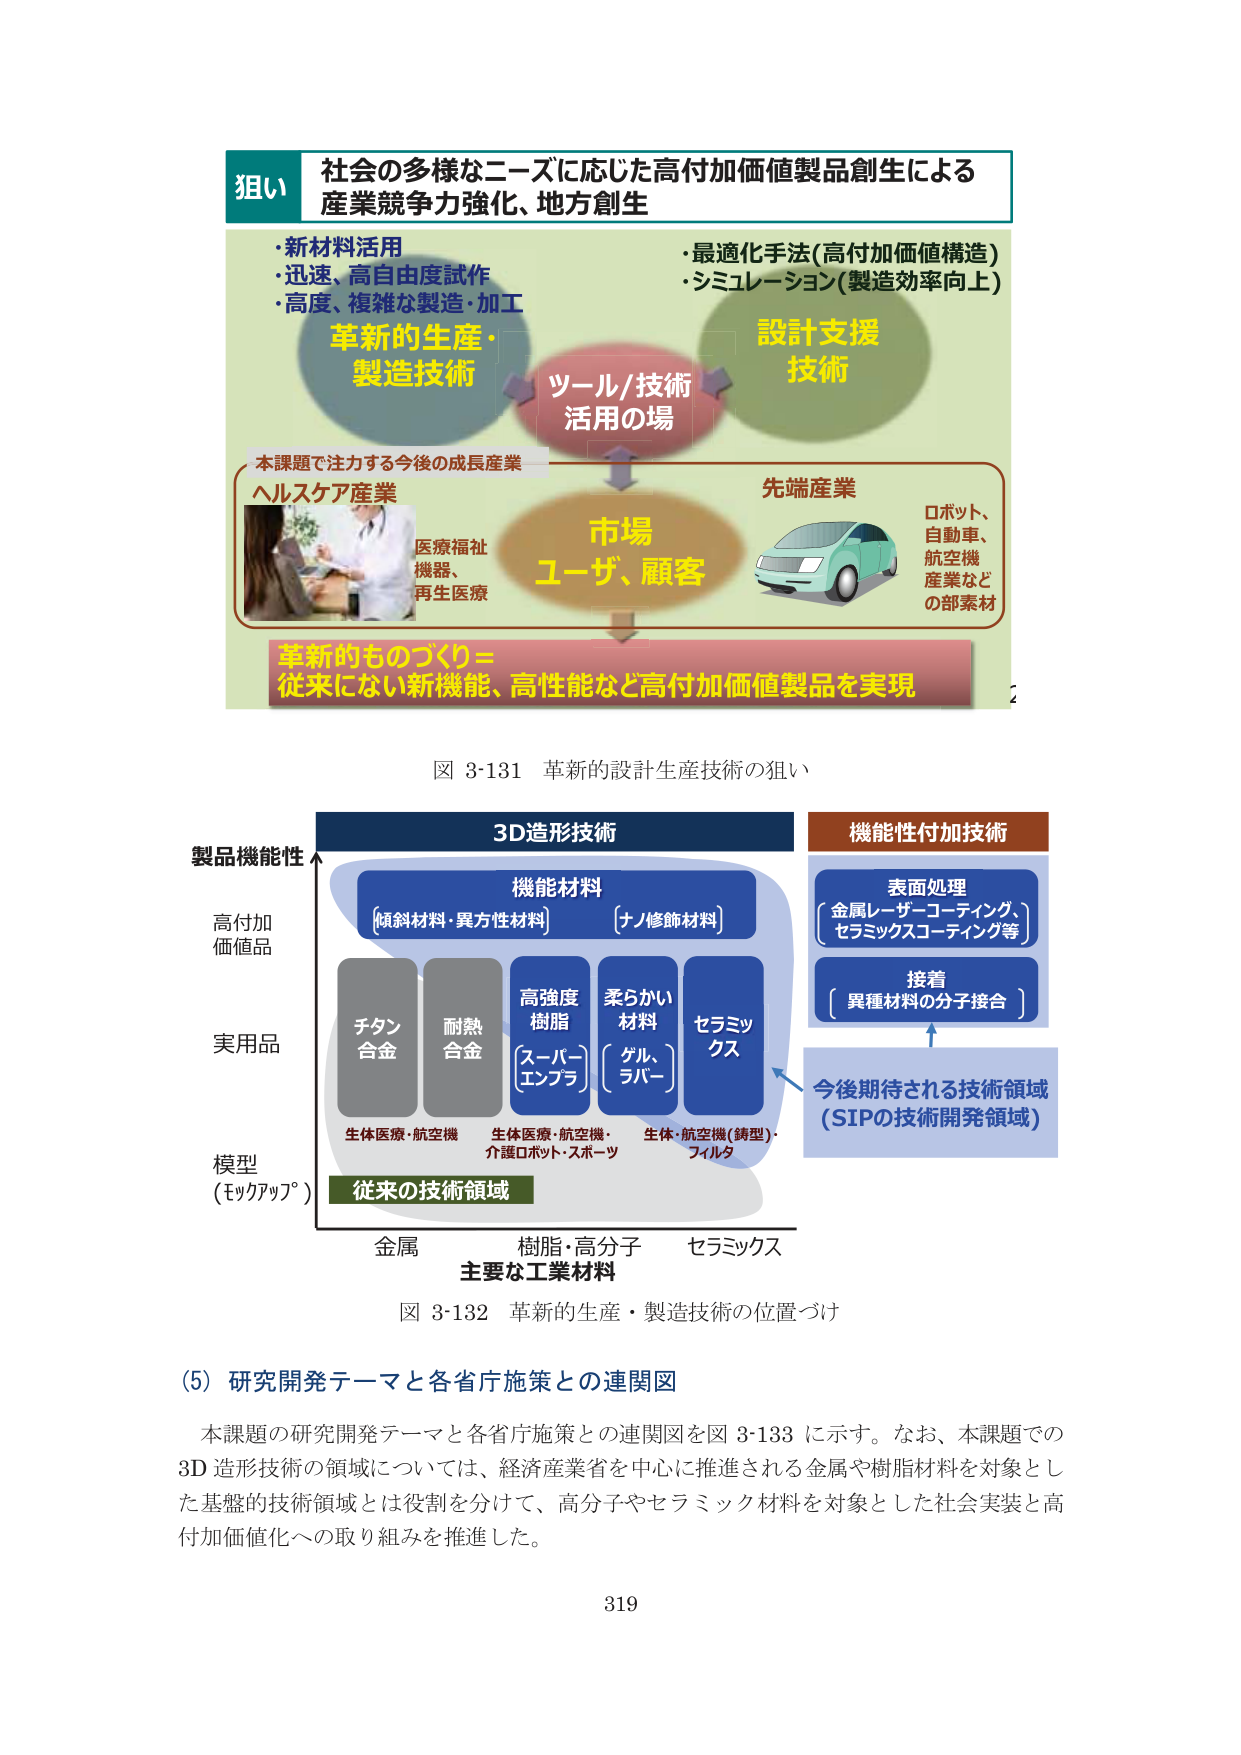
狙い
社会の多様なニーズに応じた高付加価値製品創生による
産業競争力強化、地方創生

・新材料活用
・迅速、高自由度試作
・高度、複雑な製造・加工
革新的生産・
製造技術

・最適化手法（高付加価値構造）
・シミュレーション（製造効率向上）
設計支援
技術

ツール/技術
活用の場

本課題で注力する今後の成長産業
ヘルスケア産業
医療福祉
機器、
再生医療

市場
ユーザ、顧客

先端産業
ロボット、
自動車、
航空機
産業など
の部素材

革新的ものづくり＝
従来にない新機能、高性能など高付加価値製品を実現

図 3-131 革新的設計生産技術の狙い

製品機能性
高付加
価値品
実用品
模型
（モックアップ）

3D造形技術
機能材料
〔傾斜材料・異方性材料〕
〔ナノ修飾材料〕

チタン
合金
耐熱
合金
高強度
樹脂
〔スーパーエンプラ〕
柔らかい
材料
〔ゲル、ラバー〕
セラミックス

生体医療・航空機
生体医療・航空機・介護ロボット・スポーツ
生体・航空機（鋳型）・フィルタ

金属
樹脂・高分子
セラミックス
主要な工業材料

機能性付加技術
表面処理
〔金属レーザーコーティング、
セラミックスコーティング等〕

接着
〔異種材料の分子接合〕

今後期待される技術領域
（SIPの技術開発領域）

従来の技術領域

図 3-132 革新的生産・製造技術の位置づけ

（5）研究開発テーマと各省庁施策との連関図

本課題の研究開発テーマと各省庁施策との連関図を図 3-133 に示す。なお、本課題での
3D 造形技術の領域については、経済産業省を中心に推進される金属や樹脂材料を対象とし
た基盤的技術領域とは役割を分けて、高分子やセラミック材料を対象とした社会実装と高
付加価値化への取り組みを推進した。

319